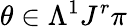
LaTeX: \theta\in\Lambda^{1}J^{r}\pi